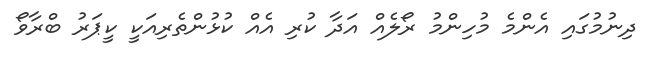
ދިނުމުގައި އެންމެ މުހިންމު ރޯލެއް އަދާ ކުރި އެއް ކުޅުންތެރިއަކީ ކީޕަރު ބްރާވޯ